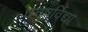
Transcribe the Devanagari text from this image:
धनुषर्विद्या